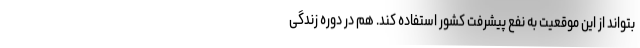
بتواند از این موقعیت به نفع پیشرفت کشور استفاده کند. هم در دوره زندگی